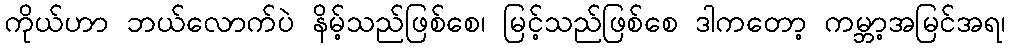
ကိုယ်ဟာ ဘယ်လောက်ပဲ နိမ့်သည်ဖြစ်စေ၊ မြင့်သည်ဖြစ်စေ ဒါကတော့ ကမ္ဘာ့အမြင်အရ၊